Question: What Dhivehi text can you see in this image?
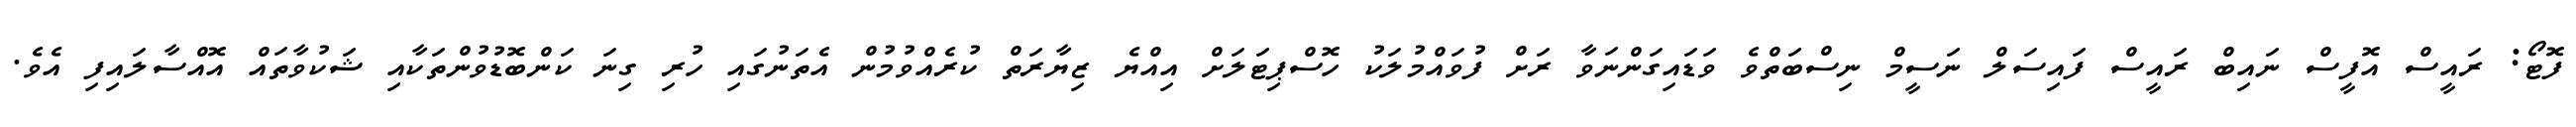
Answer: ފޮޓޯ: ރައީސް އޮފީސް ނައިބް ރައީސް ފައިސަލް ނަސީމް ނިސްބަތްވެ ވަޑައިގަންނަވާ ރަށް ފުވައްމުލަކު ހޮސްޕިޓަލަށް އިއްޔެ ޒިޔާރަތް ކުރެއްވުމުން އެތަނުގައި ހުރި ގިނަ ކަންބޮޑުވުންތަކާއި ޝަކުވާތައް އޮއްސާލައިފި އެވެ.